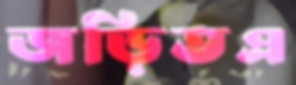
জড়িতএ